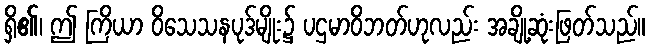
ရှိ၏၊ ဤ ကြိယာ ဝိသေသနပုဒ်မျိုး၌ ပဌမာဝိဘတ်ဟုလည်း အချို့ဆုံးဖြတ်သည်။